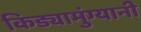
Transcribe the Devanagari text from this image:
किड्यामुंग्यानी